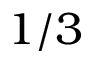
1 / 3